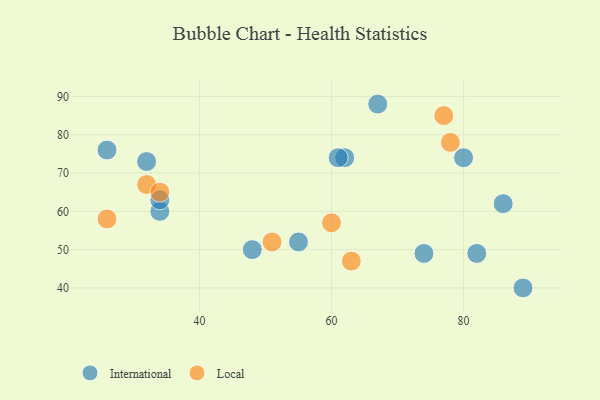
{"axis": {"x": "GDP", "y": "Life Expectancy"}, "legend": ["International", "Local"], "data": [{"x": "82", "y": 49, "type": "International"}, {"x": "80", "y": 74, "type": "International"}, {"x": "26", "y": 76, "type": "International"}, {"x": "86", "y": 62, "type": "International"}, {"x": "89", "y": 40, "type": "International"}, {"x": "32", "y": 73, "type": "International"}, {"x": "34", "y": 60, "type": "International"}, {"x": "67", "y": 88, "type": "International"}, {"x": "48", "y": 50, "type": "International"}, {"x": "62", "y": 74, "type": "International"}, {"x": "74", "y": 49, "type": "International"}, {"x": "55", "y": 52, "type": "International"}, {"x": "61", "y": 74, "type": "International"}, {"x": "34", "y": 63, "type": "International"}, {"x": "26", "y": 58, "type": "Local"}, {"x": "51", "y": 52, "type": "Local"}, {"x": "63", "y": 47, "type": "Local"}, {"x": "32", "y": 67, "type": "Local"}, {"x": "78", "y": 78, "type": "Local"}, {"x": "34", "y": 65, "type": "Local"}, {"x": "60", "y": 57, "type": "Local"}, {"x": "77", "y": 85, "type": "Local"}]}